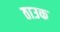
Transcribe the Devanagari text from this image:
ठाउक